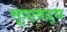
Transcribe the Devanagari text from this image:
सूत्राबद्ध